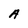
Character: A